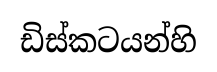
ඩිස්කටයන්හි